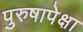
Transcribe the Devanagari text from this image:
पुरुषापेक्षा